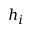
h _ { i }